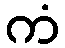
ကံ